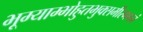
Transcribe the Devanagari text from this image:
भूम्याम्भोहुतभुक्समीरगगनं